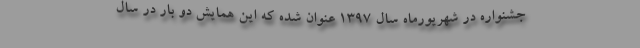
جشنواره در شهریورماه سال ۱۳۹۷ عنوان شده که این همایش دو بار در سال